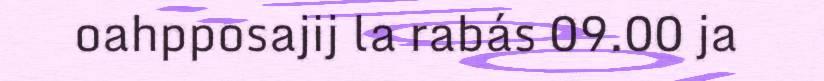
oahpposajij la rabás 09.00 ja